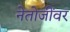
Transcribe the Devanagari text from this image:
नेतोजींवर